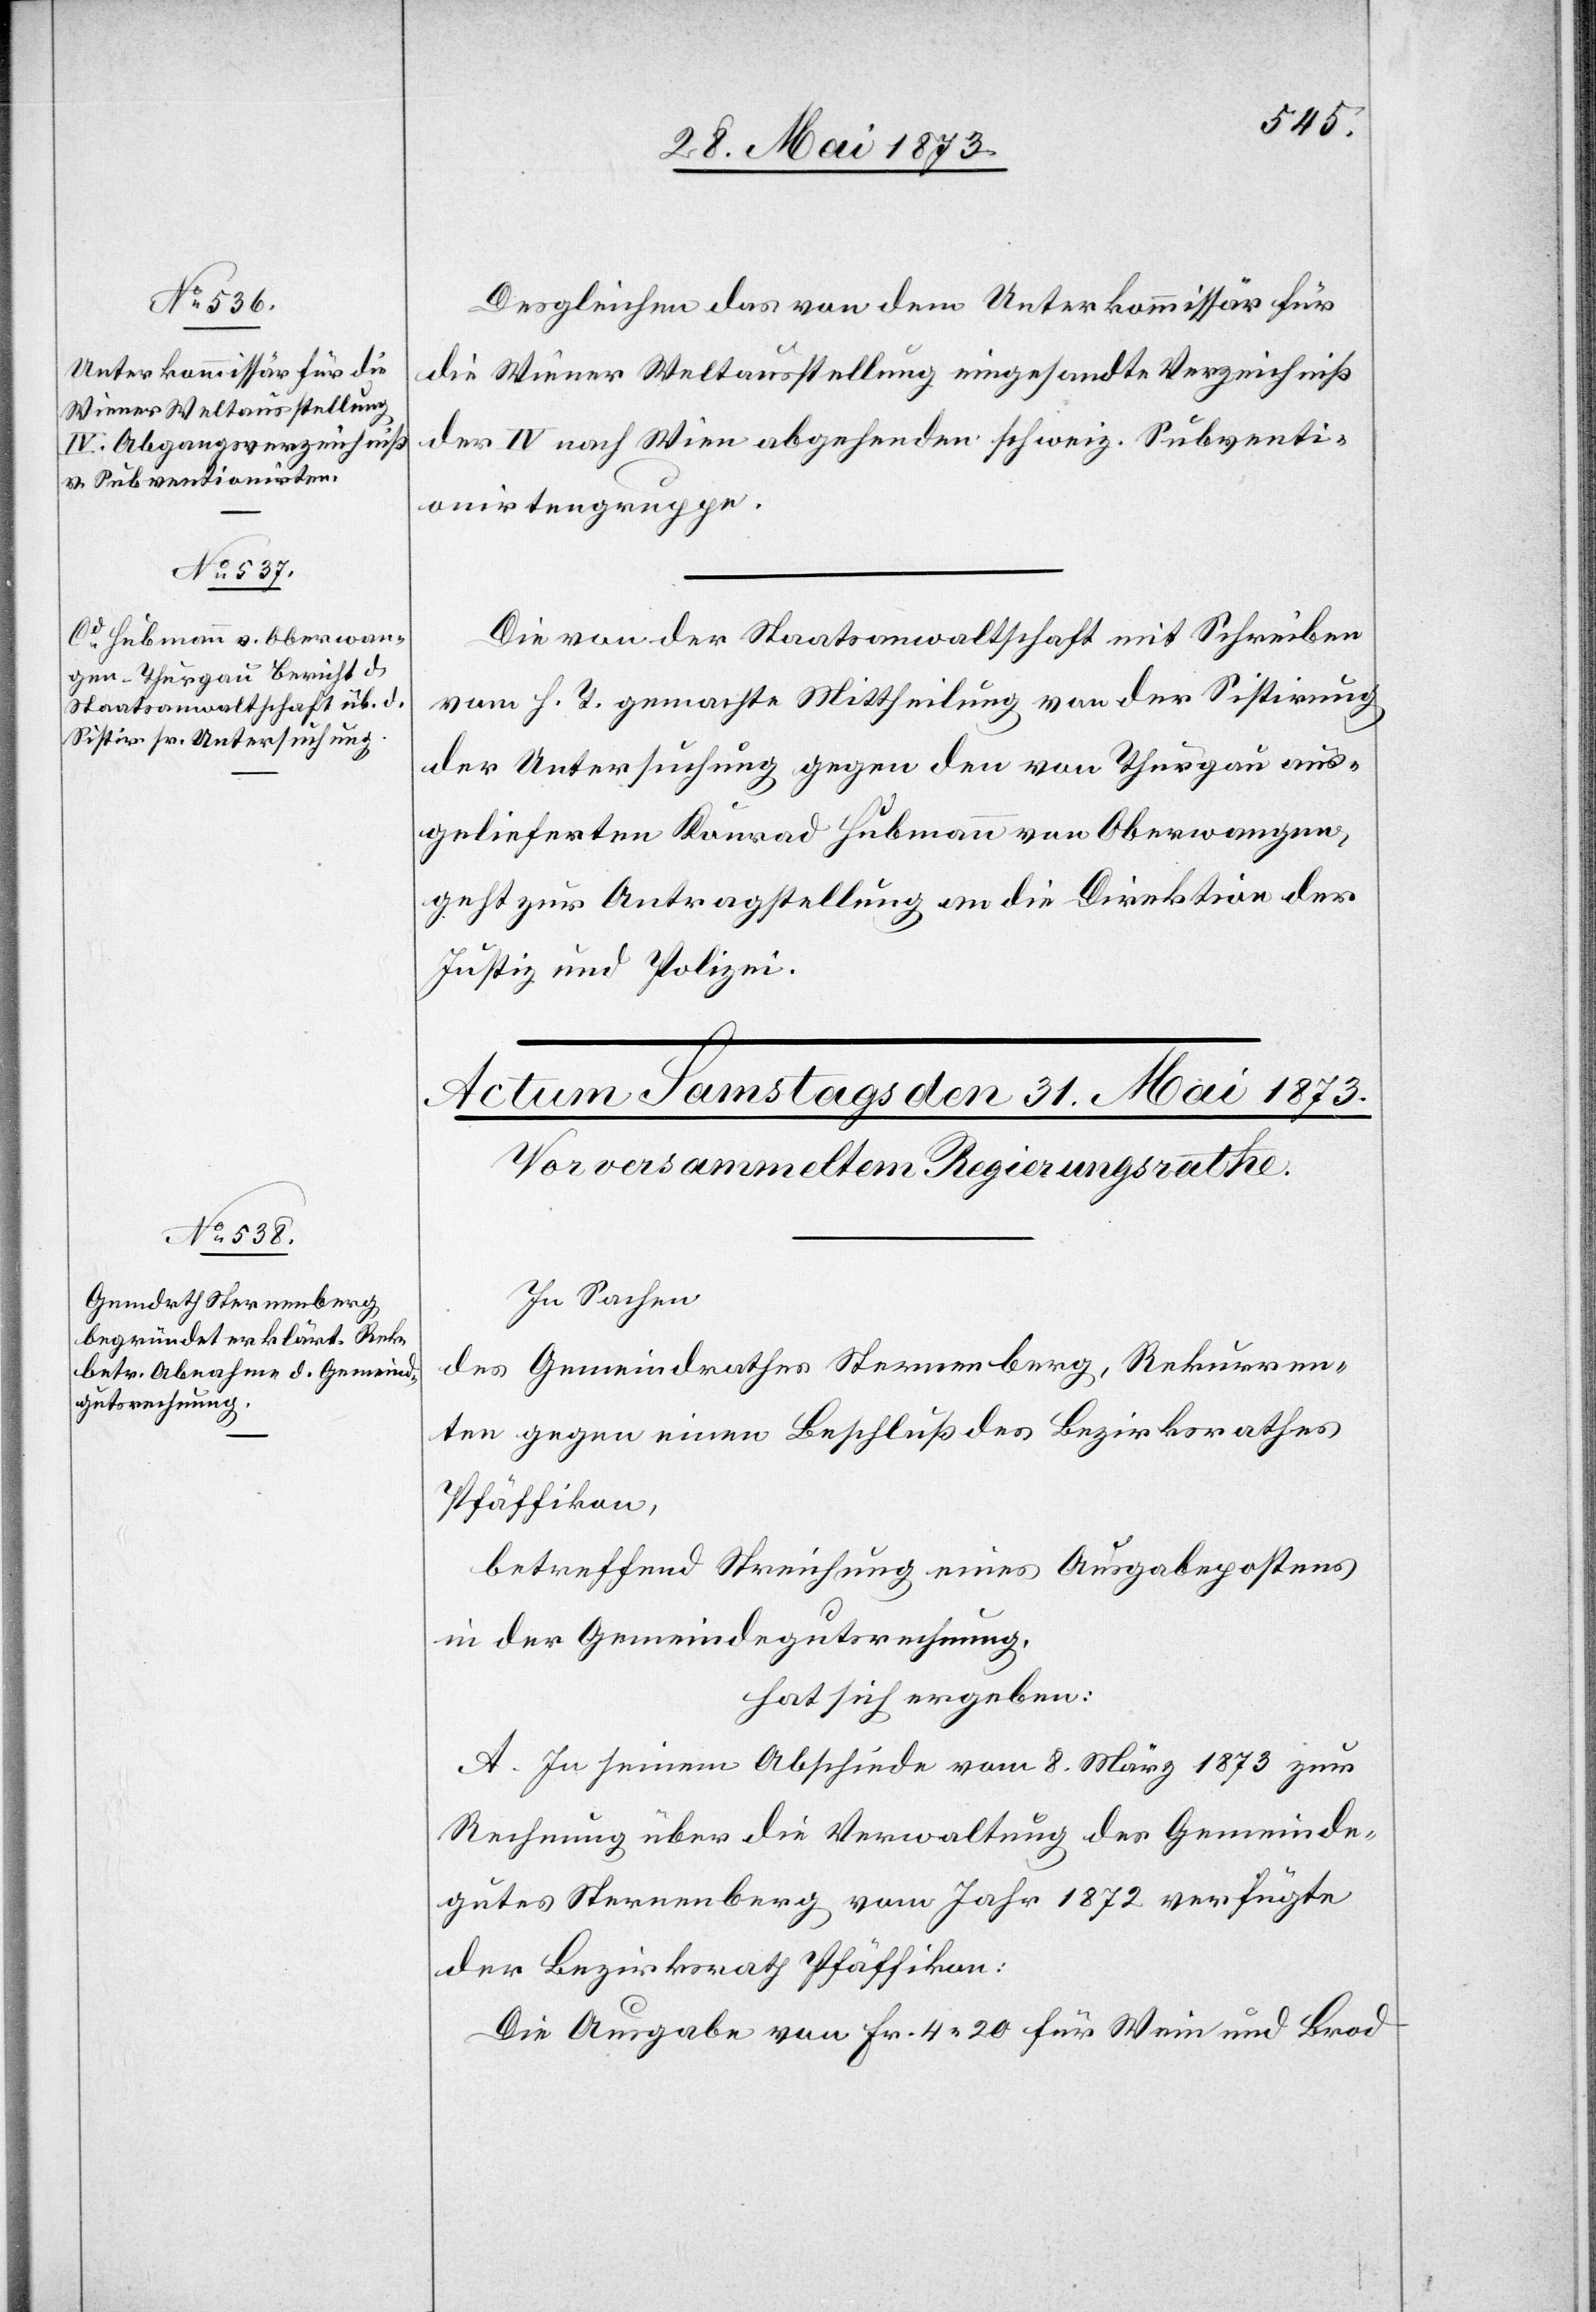
30. Mai 1873]
Desgleichen das von dem Unterkommissär für
die Wiener Weltausstellung eingesandte Verzeichniß
der IV nach Wien abgehenden schweiz. Subventi¬
onirtengruppe.
Die von der Staatsanwaltschaft mit Schreiben
vom h. T. gemachte Mittheilung von der Sistirung
der Untersuchung gegen den von Thurgau aus¬
gelieferten Konrad Hubmann von Oberwangen,
geht zur Antragstellung an die Direktion der
Justiz und Polizei.
In Sachen
des Gemeindrathes Sternenberg, Rekurren¬
ten gegen einen Beschluß des Bezirksrathes
Pfäffikon,
betreffend Streichung eines Ausgabepostens
in der Gemeindegutsrechnung,
hat sich ergeben:
A. In seinem Abschiede vom 8. März 1873 zur
Rechnung über die Verwaltung des Gemeinde¬
gutes Sternenberg vom Jahr 1872 verfügte
der Bezirksrath Pfäffikon:
Die Ausgabe von Fr. 4 20 für Wein und Brod